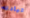
قيادته